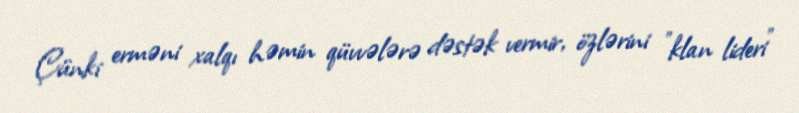
Çünki erməni xalqı həmin qüvvələrə dəstək vermir, özlərini ”klan lideri"